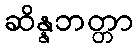
ဆိန္နဘတ္တာ